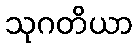
သုဂတိယာ